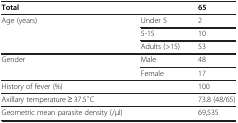
<table><thead><tr><td><b>Total</b></td><td><b> </b></td><td><b>65</b></td></tr></thead><tbody><tr><td rowspan="3">Age (years)</td><td>Under 5</td><td>2</td></tr><tr><td>5-15</td><td>10</td></tr><tr><td>Adults (&gt;15)</td><td>53</td></tr><tr><td rowspan="2">Gender</td><td>Male</td><td>48</td></tr><tr><td>Female</td><td>17</td></tr><tr><td>History of fever (%)</td><td> </td><td>100</td></tr><tr><td>Axillary temperature ≥ 37.5 ̊C</td><td> </td><td>73.8 (48/65)</td></tr><tr><td>Geometric mean parasite density (/μl)</td><td> </td><td>69,535</td></tr></tbody></table>